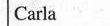
Carla